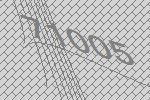
71005